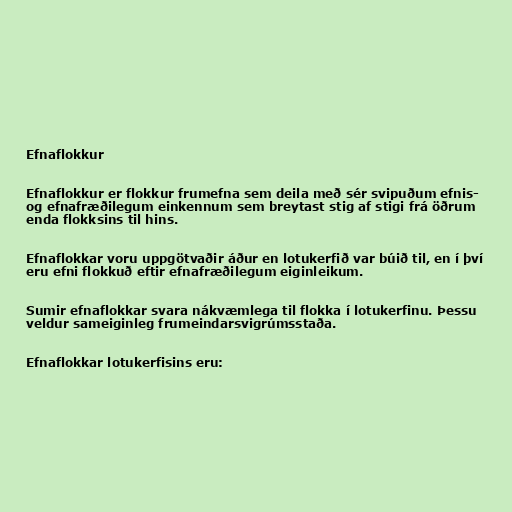
Efnaflokkur

Efnaflokkur er flokkur frumefna sem deila með sér svipuðum efnis-
og efnafræðilegum einkennum sem breytast stig af stigi frá öðrum
enda flokksins til hins.

Efnaflokkar voru uppgötvaðir áður en lotukerfið var búið til, en í því
eru efni flokkuð eftir efnafræðilegum eiginleikum.

Sumir efnaflokkar svara nákvæmlega til flokka í lotukerfinu. Þessu
veldur sameiginleg frumeindarsvigrúmsstaða.

Efnaflokkar lotukerfisins eru: